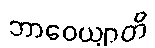
ဘာဝေယျာတိ